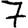
Digit: 7